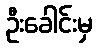
ဦးခေါင်းမှ